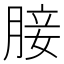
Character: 𮌟